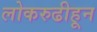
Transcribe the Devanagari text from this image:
लोकरुढीहून